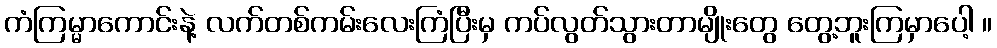
ကံကြမ္မာကောင်းနဲ့ လက်တစ်ကမ်းလေးကြံပြီးမှ ကပ်လွတ်သွားတာမျိုးတွေ တွေ့ဘူးကြမှာပေါ့ ။